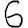
Digit: 6